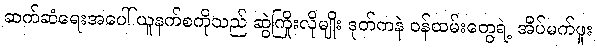
ဆက်ဆံရေးအပေါ် ယူနက်စကိုသည် ဆွဲကြိုးလိုမျိုး ဒုတ်ကနဲ ဝန်ထမ်းတွေရဲ့ အိပ်မက်ဖူး